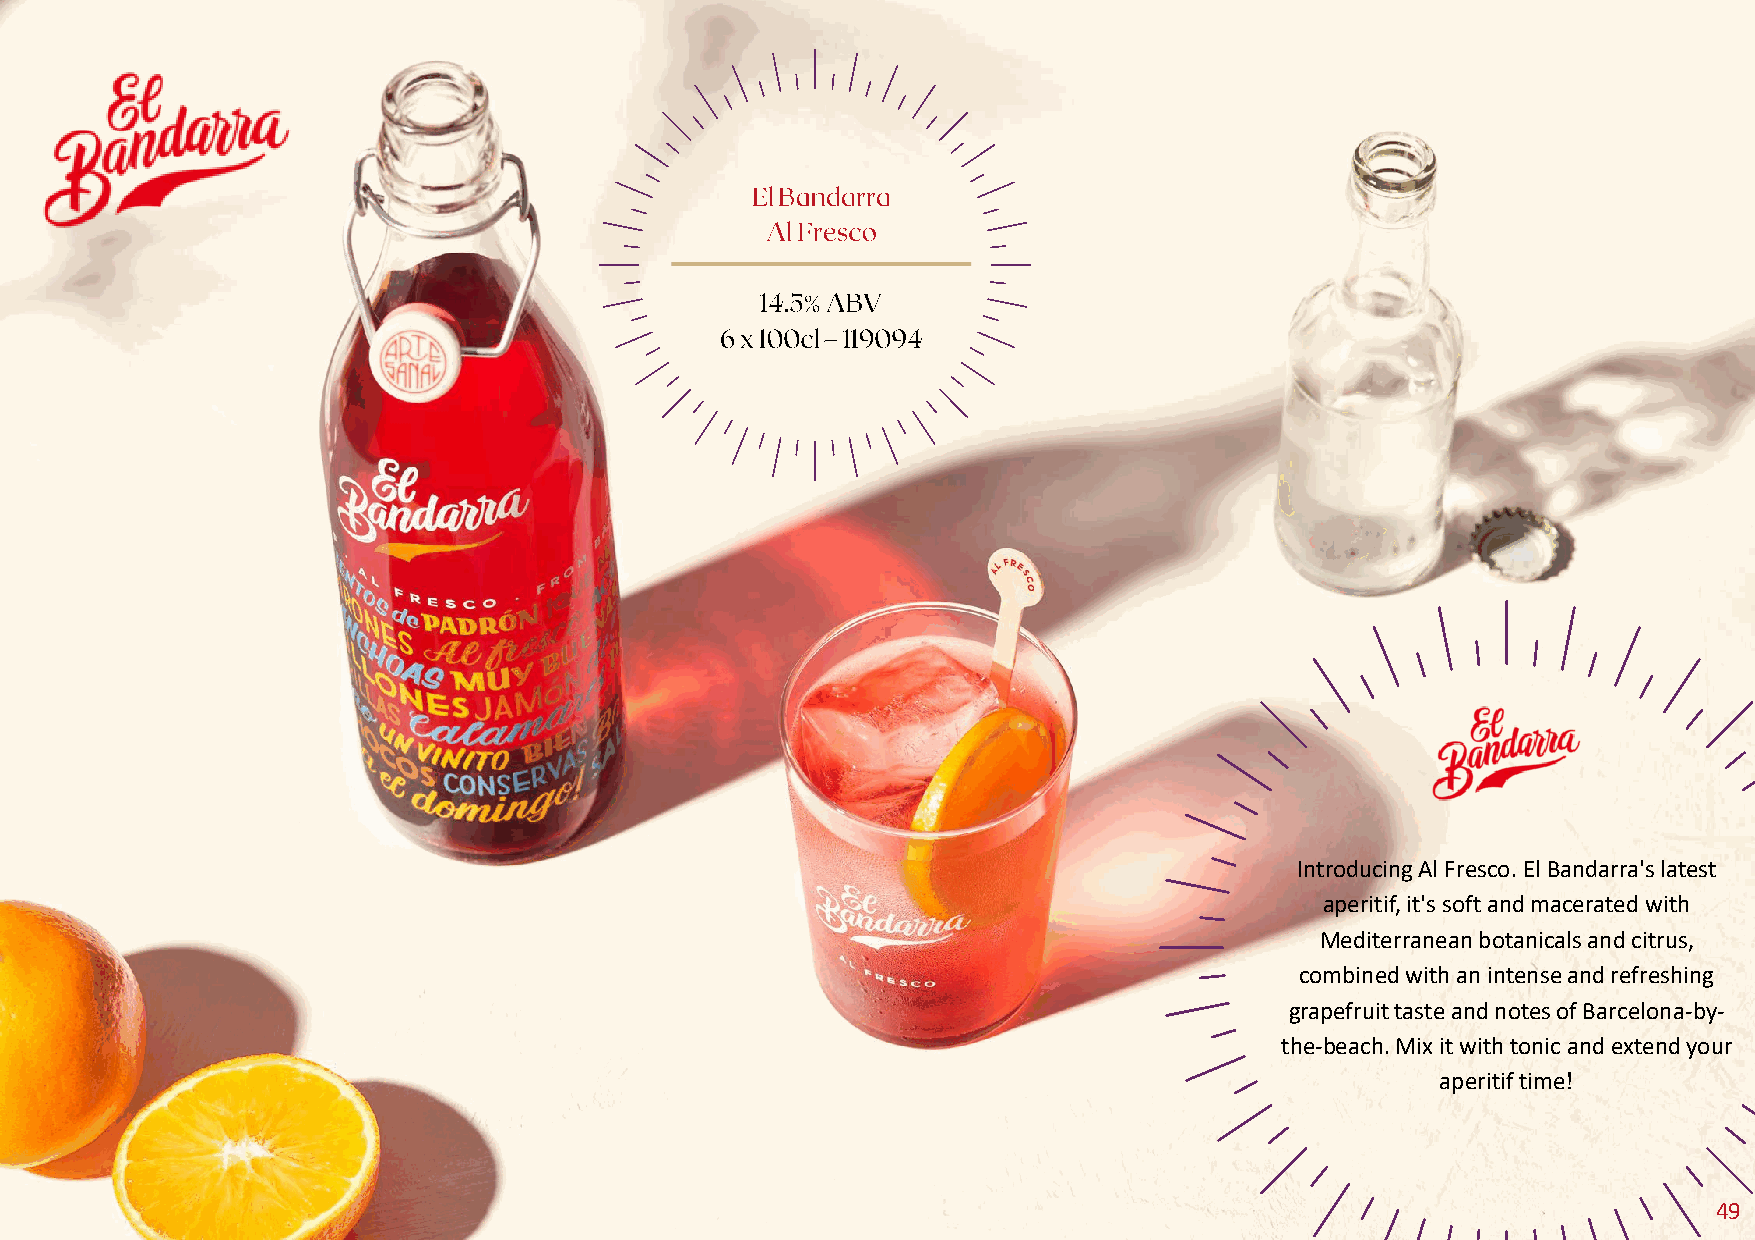
Introducing Al Fresco. El Bandarra'slatest
 aperitif, it's soft and macerated with
 Mediterranean botanicals and citrus,
 combined with an intense and refreshing
 grapefruit taste and notes of Barcelona-by-
 the-beach. Mix it with tonic and extend your
 aperitif time!
 49